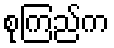
စုကြည်က